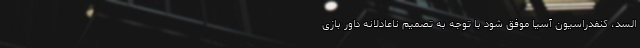
السد، کنفدراسیون آسیا موفق شود با توجه به تصمیم ناعادلانه داور بازی